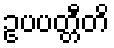
ဥပပတ္တီတိ